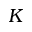
K